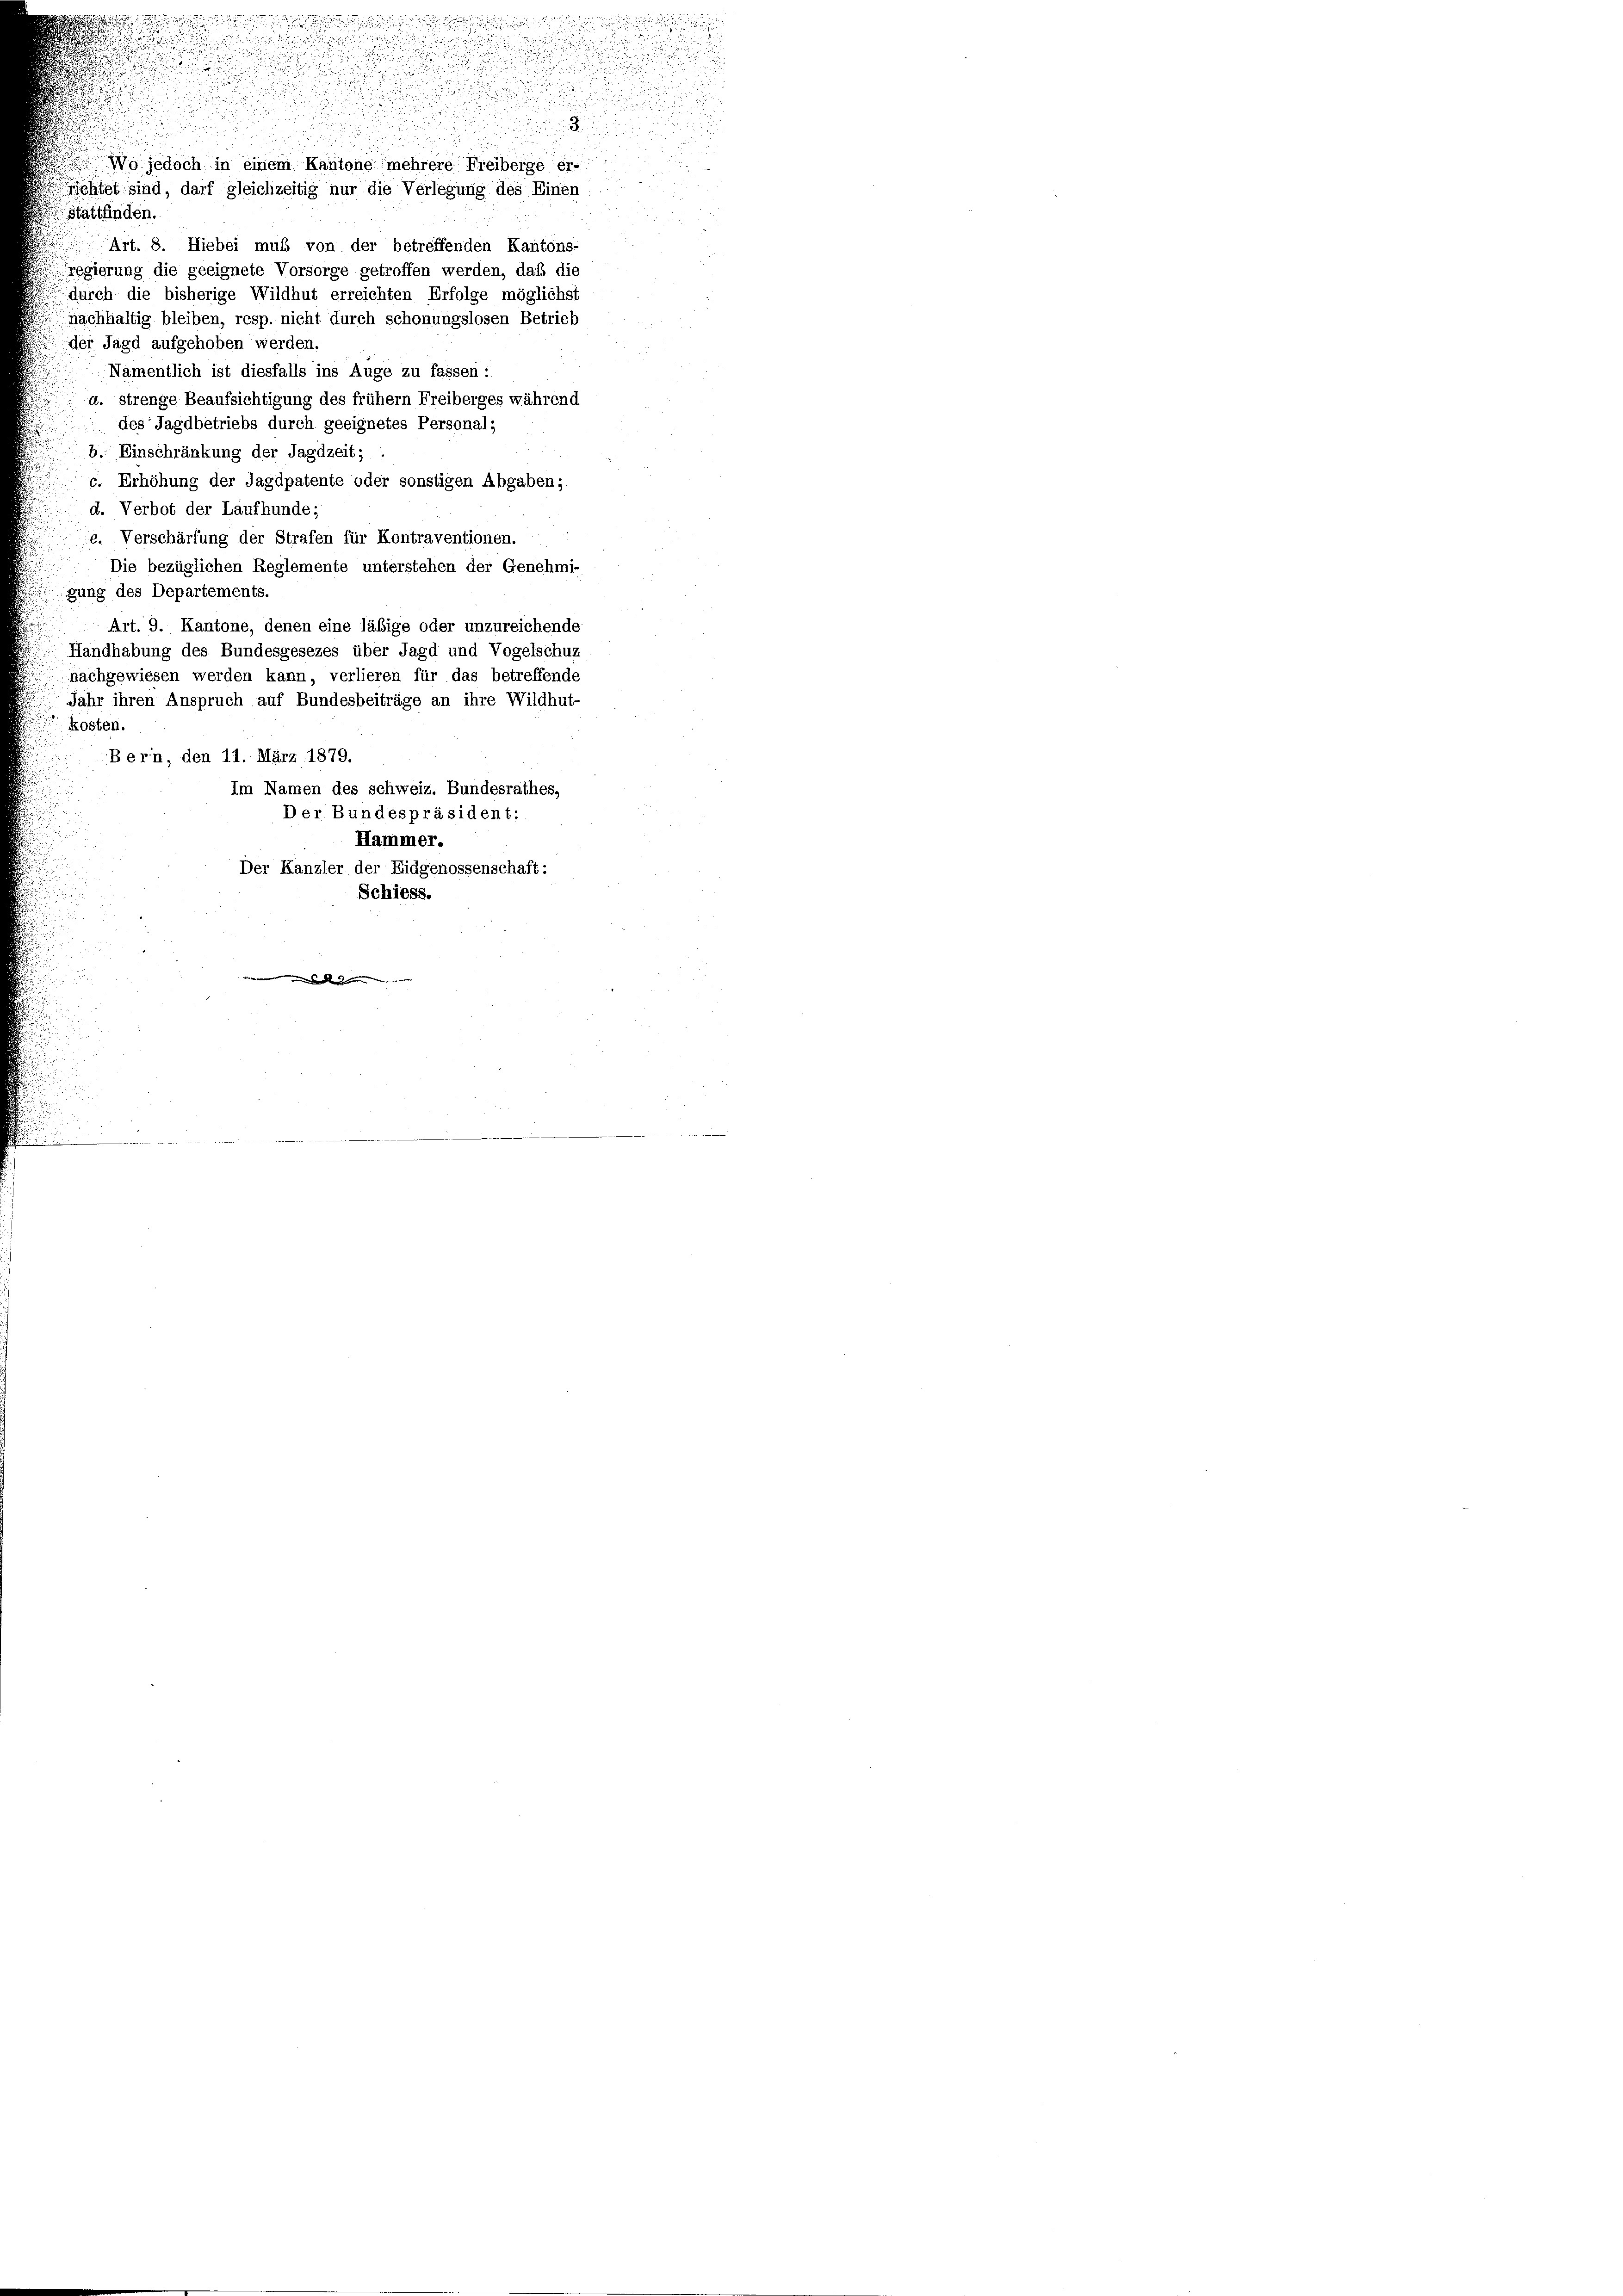
Wo jedoch in einem Kantone mehrere Freibeige er-
gchtet sind, darf gleichzeitig nur die Verlegung des Einen
Stattfinden.
Art. 8. Hiebei muß von der betreffenden Kantons-
regierung die geeignete Vorsorge getroffen werden, daß die
durch die bisherige Wildhut erreichten Erfolge möglichst
nachhaltig bleiben, resp. nicht durch schonungslosen Betrieb
der Jagd aufgehoben werden.
Namentlich ist diesfalls ins Auge zu fassen:
d. strenge Beaufsichtigung des frühem Freiberges während
des Jagdbetriebs durch geeignetes Personals
b. Einschränkung der Jagdzeit; :
c. Erhöhung der Jagdpatente oder sonstigen Abgaben;
d. Verbot der Laufhunde;
e. Verschärfung der Strafen für Kontraventionen.
Die bezüglichen Reglemente unterstehen der Genehmi-
gung des Departements.
Art. 9. Kantone, denen eine läbige oder unzureichende
Handhabung des Bundesgesezes über Jagd und Vogelschuz
nachgewiesen werden kann, verlieren für das betreffende
Jahr ihren Anspruch auf Bundesbeiträge an ihre Wildhut-
kosten.
Bern, den 11. März 1879.
Im Namen des schweiz. Bundesrathes,
Der Bundespräsident:
Hammer.
Der Kanzler der Eidgenossenschaft:
Schiess.

.

i
.
.

.
.

e
.